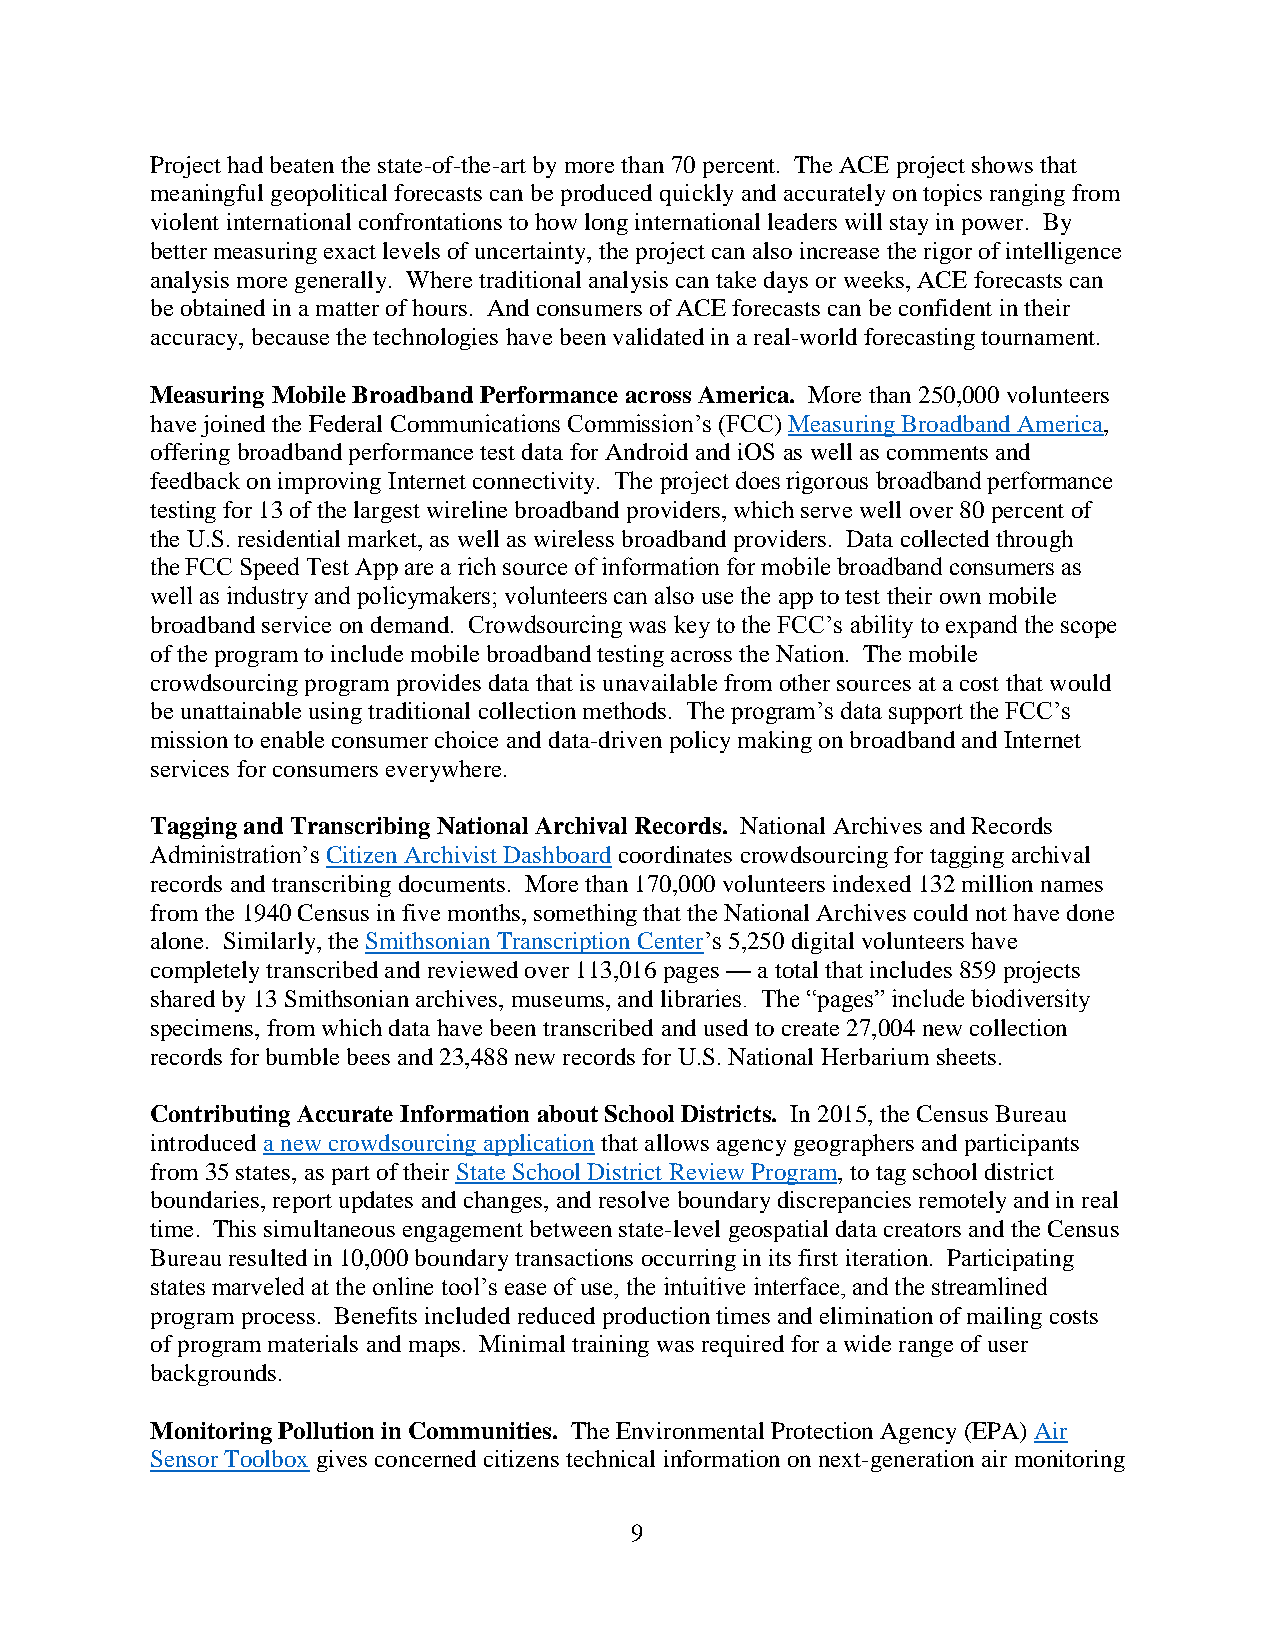
Project had beaten the state-of-the-art by more than 70 percent. The ACE project shows that
 meaningful geopolitical forecasts can be produced quickly and accurately on topics ranging from
 violent international confrontations to how long international leaders will stay in power. By
 better measuring exact levels of uncertainty, the project can also increase the rigor of intelligence
 analysis more generally. Where traditional analysis can take days or weeks, ACE forecasts can
 be obtained in a matter of hours. And consumers of ACE forecasts can be confident in their
 accuracy, because the technologies have been validated in a real-world forecasting tournament.
 Measuring Mobile Broadband Performance across America. More than 250,000 volunteers
 have joined the Federal Communications Commission’s (FCC) Measuring Broadband America,
 offering broadband performance test data for Android and iOS as well as comments and
 feedback on improving Internet connectivity. The project does rigorous broadband performance
 testing for 13 of the largest wireline broadband providers, which serve well over 80 percent of
 the U.S. residential market, as well as wireless broadband providers. Data collected through
 the FCC Speed Test App are a rich source of information for mobile broadband consumers as
 well as industry and policymakers; volunteers can also use the app to test their own mobile
 broadband service on demand. Crowdsourcing was key to the FCC’s ability to expand the scope
 of the program to include mobile broadband testing across the Nation. The mobile
 crowdsourcing program provides data that is unavailable from other sources at a cost that would
 be unattainable using traditional collection methods. The program’s data support the FCC’s
 mission to enable consumer choice and data-driven policy making on broadband and Internet
 services for consumers everywhere.
 Tagging and Transcribing National Archival Records. National Archives and Records
 Administration’s Citizen Archivist Dashboard coordinates crowdsourcing for tagging archival
 records and transcribing documents. More than 170,000 volunteers indexed 132 million names
 from the 1940 Census in five months, something that the National Archives could not have done
 alone. Similarly, the Smithsonian Transcription Center’s 5,250 digital volunteers have
 completely transcribed and reviewed over 113,016 pages — a total that includes 859 projects
 shared by 13 Smithsonian archives, museums, and libraries. The “pages” include biodiversity
 specimens, from which data have been transcribed and used to create 27,004 new collection
 records for bumble bees and 23,488 new records for U.S. National Herbarium sheets.
 Contributing Accurate Information about School Districts. In 2015, the Census Bureau
 introduced a new crowdsourcing application that allows agency geographers and participants
 from 35 states, as part of their State School District Review Program, to tag school district
 boundaries, report updates and changes, and resolve boundary discrepancies remotely and in real
 time. This simultaneous engagement between state-level geospatial data creators and the Census
 Bureau resulted in 10,000 boundary transactions occurring in its first iteration. Participating
 states marveled at the online tool’s ease of use, the intuitive interface, and the streamlined
 program process. Benefits included reduced production times and elimination of mailing costs
 of program materials and maps. Minimal training was required for a wide range of user
 backgrounds.
 Monitoring Pollution in Communities. The Environmental Protection Agency (EPA) Air
 Sensor Toolbox gives concerned citizens technical information on next-generation air monitoring
 9